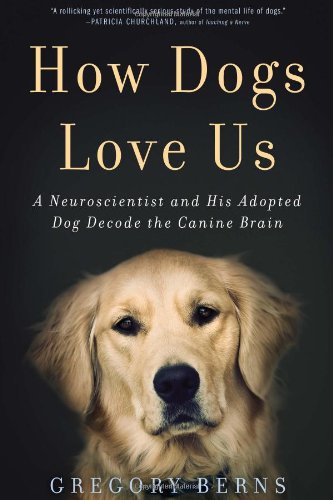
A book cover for How Dogs Love Us: A Neuroscientist and His Adopted Dog Decode the Canine Brain; Gregory Berns; Science & Math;